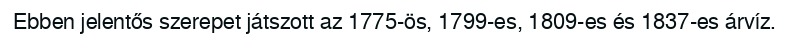
Ebben jelentős szerepet játszott az 1775-ös, 1799-es, 1809-es és 1837-es árvíz.